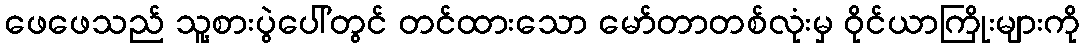
ဖေဖေသည် သူ့စားပွဲပေါ်တွင် တင်ထားသော မော်တာတစ်လုံးမှ ဝိုင်ယာကြိုးများကို